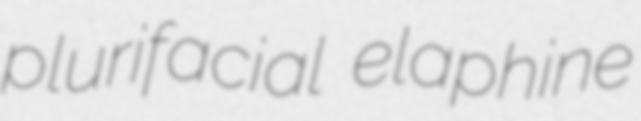
plurifacial elaphine